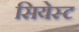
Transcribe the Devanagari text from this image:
सियेस्ट